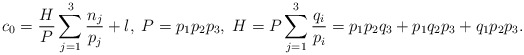
\begin{align*}c_{0}=\frac{H}{P}\sum_{j=1}^{3}\frac{n_{j}}{p_{j}}+l,\;P=p_{1}p_{2}p_{3},\;H=P\sum_{j=1}^{3}\frac{q_{i}}{p_{i}}=p_{1}p_{2}q_{3}+p_{1}q_{2}p_{3}+q_{1}p_{2}p_{3}.\end{align*}